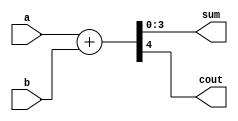
`timescale 1ns / 1ps
module adder4bit(a,b,sum,cout);
	input [3:0]a,b;
	output [3:0]sum;
	output cout;
	
	assign {cout,sum} = a + b;
	
endmodule

module MUL4(a,b,p);
	input [3:0]a,b;
	output [7:0]p;
	
	wire [3:1]x;
	wire [3:0]x1,x2,x3,s1,s2;
	wire c1,c2;
	
	and n1(p[0],a[0]&b[0]);
	and n2(x[1],a[1]&b[0]);
	and n3(x[2],a[2]&b[0]);
	and n4(x[3],a[3]&b[0]);
	
	and n5(x1[0],a[0]&b[1]);
	and n6(x1[1],a[1]&b[1]);
	and n7(x1[2],a[2]&b[1]);
	and n8(x1[3],a[3]&b[1]);
	
	and n9(x2[0],a[0]&b[2]);
	and n10(x2[1],a[1]&b[2]);
	and n11(x2[2],a[2]&b[2]);
	and n12(x2[3],a[3]&b[2]);
	
	and n13(x3[0],a[0]&b[3]);
	and n14(x3[1],a[1]&b[3]);
	and n15(x3[2],a[2]&b[3]);
	and n16(x3[3],a[3]&b[3]);
	
	adder4bit a1(x1,{1'b0,x[3:1]},s1[3:0],c1);
	adder4bit a2(x2,{c1,s1[3:1]},s2[3:0],c2);
	adder4bit a3(x3,{c2,s2[3:1]},p[6:3],p[7]);
	
	assign p[1] = s1[0];
	assign p[2] = s2[0];
	
endmodule